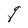
Character: q